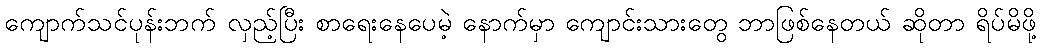
ကျောက်သင်ပုန်းဘက် လှည့်ပြီး စာရေးနေပေမဲ့ နောက်မှာ ကျောင်းသားတွေ ဘာဖြစ်နေတယ် ဆိုတာ ရိပ်မိဖို့